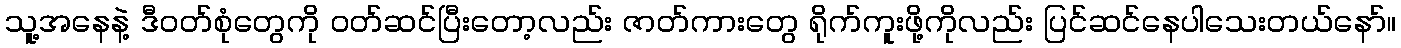
သူ့အနေနဲ့ ဒီဝတ်စုံတွေကို ဝတ်ဆင်ပြီးတော့လည်း ဇာတ်ကားတွေ ရိုက်ကူးဖို့ကိုလည်း ပြင်ဆင်နေပါသေးတယ်နော်။